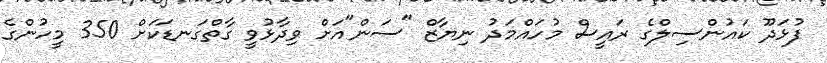
ފުޅަދޫ ކައުންސިލްގެ ރައީސް މުހައްމަދު ނިޔާޒް "ސަން"އަށް ވިދާޅުވީ ގާތްގަނޑަކަށް 350 މީހުންގެ